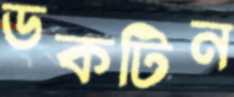
ডকটিন